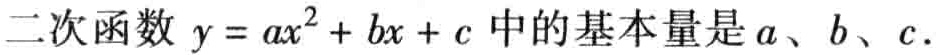
二次函数 \(y = ax^{2}+bx + c\) 中的基本量是 \(a\)、\(b\)、\(c\).